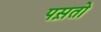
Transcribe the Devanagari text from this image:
पस़तो